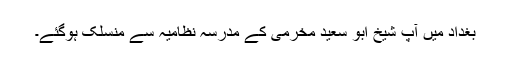
بغداد میں آپ شیخ ابو سعید مخرمی کے مدرسہ نظامیہ سے منسلک ہوگئے۔